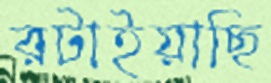
রটাইয়াছি